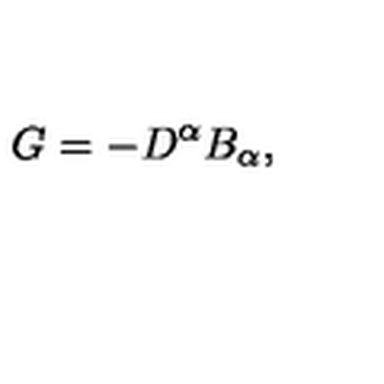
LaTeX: G = - D ^ { \alpha } B _ { \alpha } \mathrm { } ,